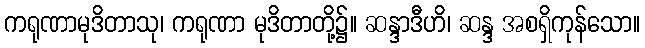
ကရုဏာမုဒိတာသု၊ ကရုဏာ မုဒိတာတို့၌။ ဆန္ဒာဒီဟိ၊ ဆန္ဒ အစရှိကုန်သော။